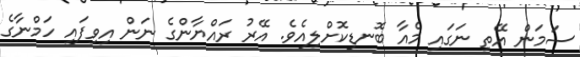
ސަމަން އޭތި ނަގައި މެއާ ބޮނޑިކޮށްލިއެވެ. އޭރު ރައްޔާންގެ ނަން އިވިފައި ހަމްނާގެ